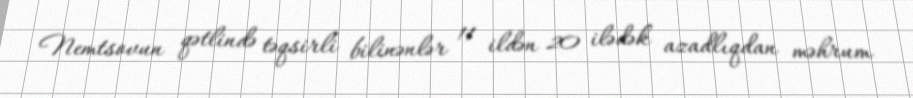
Nemtsovun qətlində təqsirli bilinənlər 11 ildən 20 ilədək azadlıqdan məhrum